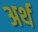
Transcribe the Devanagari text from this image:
अर्थ